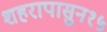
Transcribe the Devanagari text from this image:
शहरापासुन१५